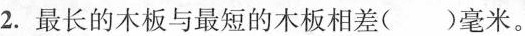
2.最长的木板与最短的木板相差()毫米。